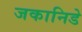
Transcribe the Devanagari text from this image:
जकानिडे